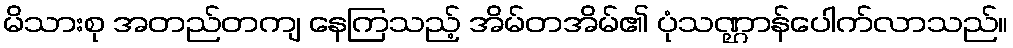
မိသားစု အတည်တကျ နေကြသည့် အိမ်တအိမ်၏ ပုံသဏ္ဌာန်ပေါက်လာသည်။